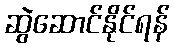
ဆွဲဆောင်နိုင်ရန်